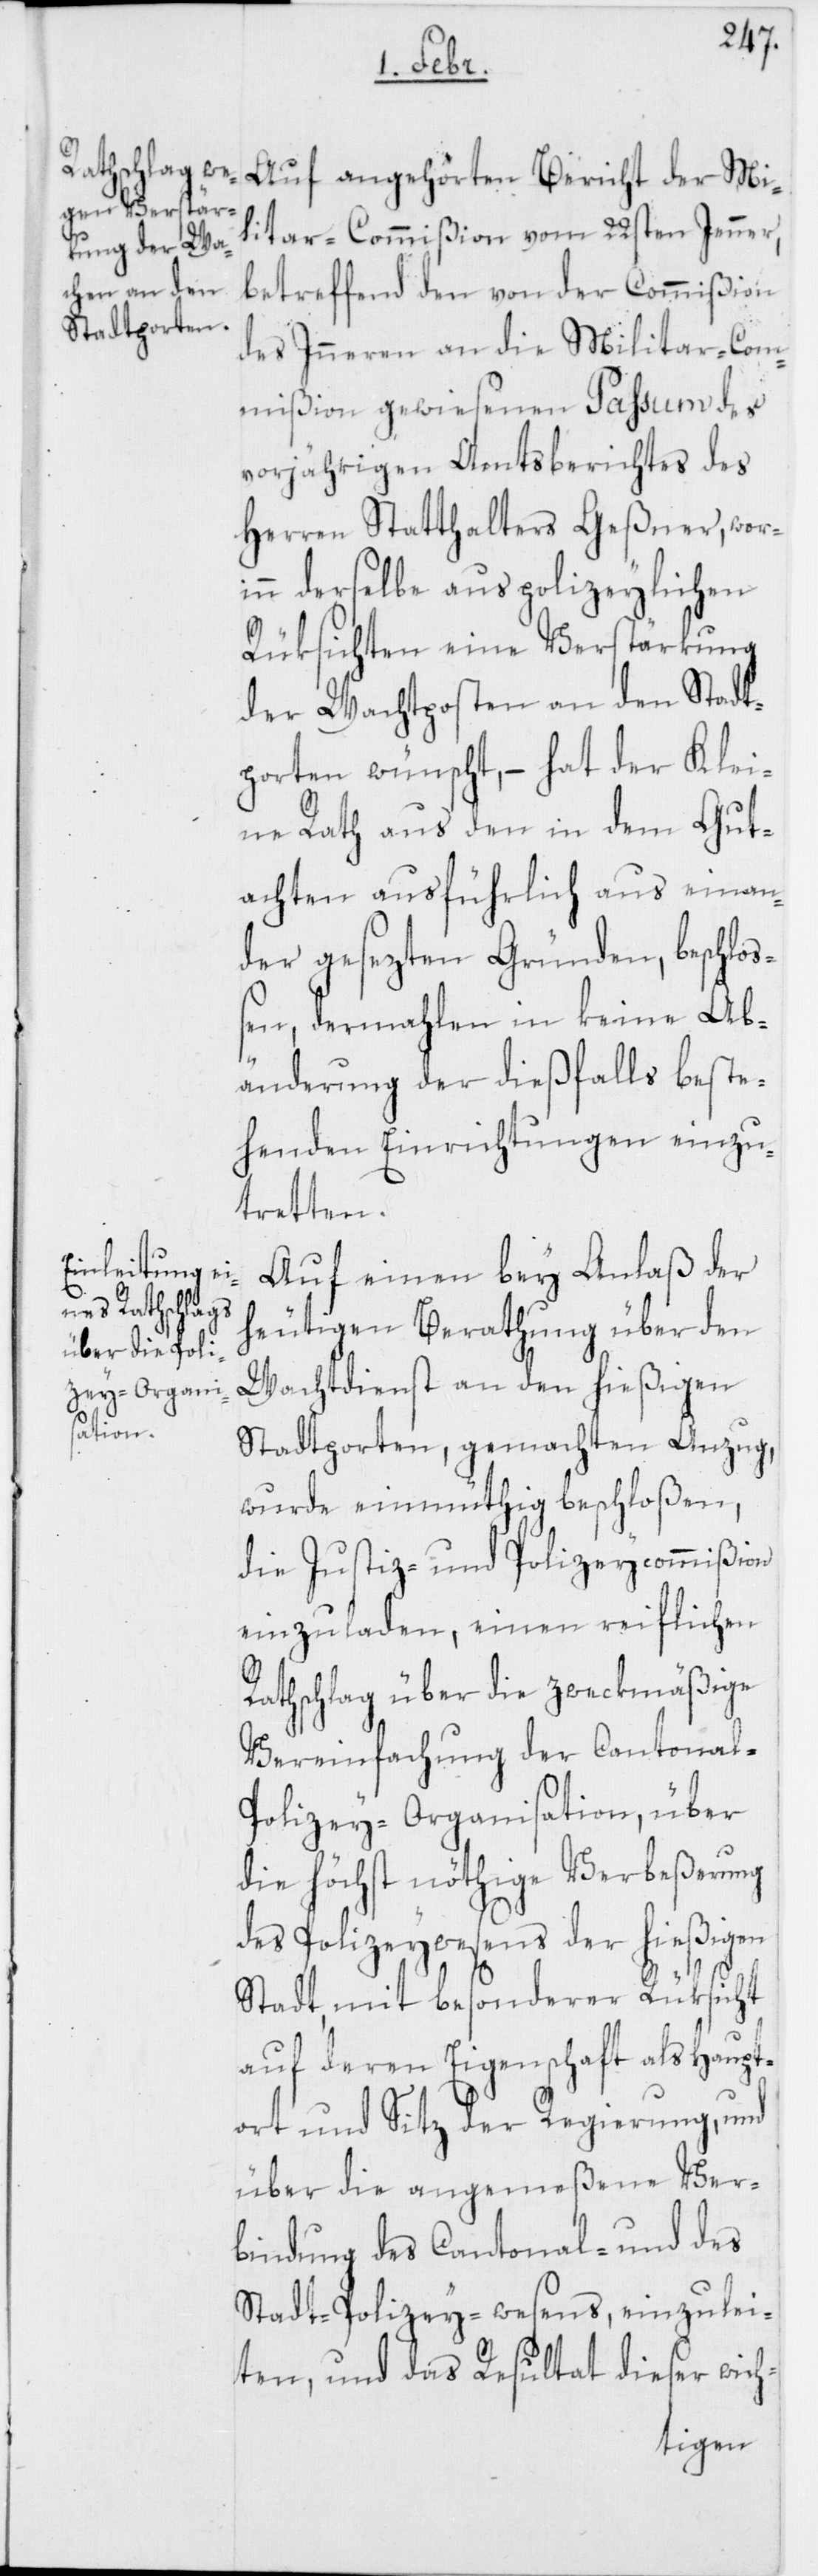
Auf angehörten Bericht der Mil¬
itar-Commißion vom 22ten Jenner,
betreffend den von der Commißion
des Inneren an die Militar-Com¬
mißion gewiesenen Passum des
vorjährigen Amtsberichtes des
Herren Statthalters Geßner, wori¬
nn derselbe aus polizeylichen
Rüksichten eine Verstärkung
der Wachtposten an den Stadt¬
porten wünscht, – hat der Klei¬
ne Rath aus den in dem Gut¬
achten ausführlich aus einan¬
der gesezten Gründen, beschloß¬
en, dermahlen in keine Ab¬
änderung der dießfalls beste¬
henden Einrichtungen einzu¬
tretten.
Auf einen bey Anlaß der
heutigen Berathung über den
Wachtdienst an den hießigen
Stadtporten, gemachten Anzug,
wurde einmüthig beschloßen,
die Justiz- und Polizeycommißion
einzuladen, einen reiflichen
Ratschlag über die zweckmäßige
Vereinfachung der Cantonal-P¬
olizey-Organisation, über
die höchst nöthige Verbeßerung
des Polizeywesens der hießigen
Stadt, mit besonderer Rüksicht
auf deren Eigenschaft als Haupt¬
ort und Sitz der Regierung, und
über die angemeßene Ver¬
bindung des Cantonal- und des
Stadt-Polizey-wesens, einzulei¬
ten, und das Resultat dieser wich-